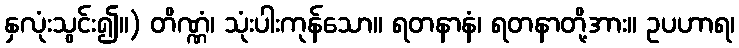
နှလုံးသွင်း၍။) တိဏ္ဏံ၊ သုံးပါးကုန်သော။ ရတနာနံ၊ ရတနာတို့အား။ ဥပဟာရ၊